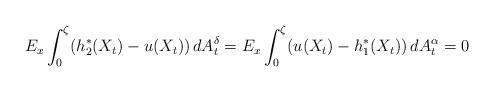
\begin{align*}E_{x}\int_{0}^{\zeta}(h_{2}^{*}(X_{t})-u(X_{t}))\,dA_{t}^{\delta}=E_{x}\int_{0}^{\zeta}(u(X_{t})-h_{1}^{*}(X_{t}))\,dA_{t}^{\alpha}=0\end{align*}